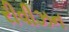
રીવીઝન